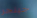
جينجر